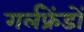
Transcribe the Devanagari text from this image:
गर्लफ्रेंडों